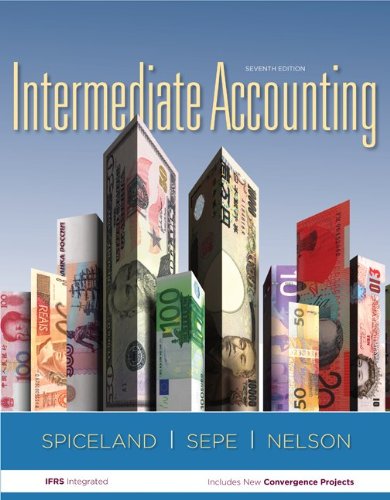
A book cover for Intermediate Accounting with Annual Report; J. David Spiceland; Computers & Technology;